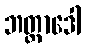
ဘတ္တာဒေါ